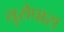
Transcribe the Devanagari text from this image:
युरोपास